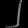
Digit: ၂